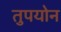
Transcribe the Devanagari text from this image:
तुपयोन